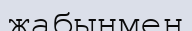
жабынмен